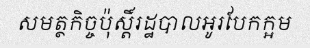
សមត្ថកិច្ចប៉ុស្តិ៍រដ្ឋបាលអូរបែកក្អម